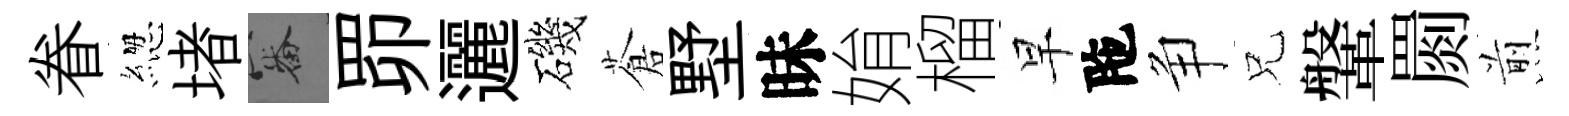
眷緫堵審𦊑邐磯蒼墅昧姢榴早陁争兄鞶罽煎